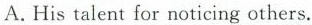
A.His talent for noticing others.